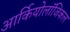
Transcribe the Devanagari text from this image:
आर्कियोलॉजिकल